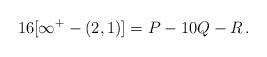
LaTeX: \begin{align*} 16[\infty^+ - (2,1)] =P - 10Q -R\, .\end{align*}